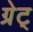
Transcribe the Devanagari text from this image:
ग्रेट्